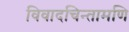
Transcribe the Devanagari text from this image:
विवादचिन्तामणि